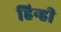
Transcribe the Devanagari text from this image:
हिन्ही